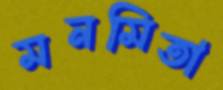
মনমিতা